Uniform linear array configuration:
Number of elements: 4
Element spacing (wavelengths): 1
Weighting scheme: uniform
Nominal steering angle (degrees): -30
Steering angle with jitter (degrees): -28.956
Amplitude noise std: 0.05
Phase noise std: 0.05

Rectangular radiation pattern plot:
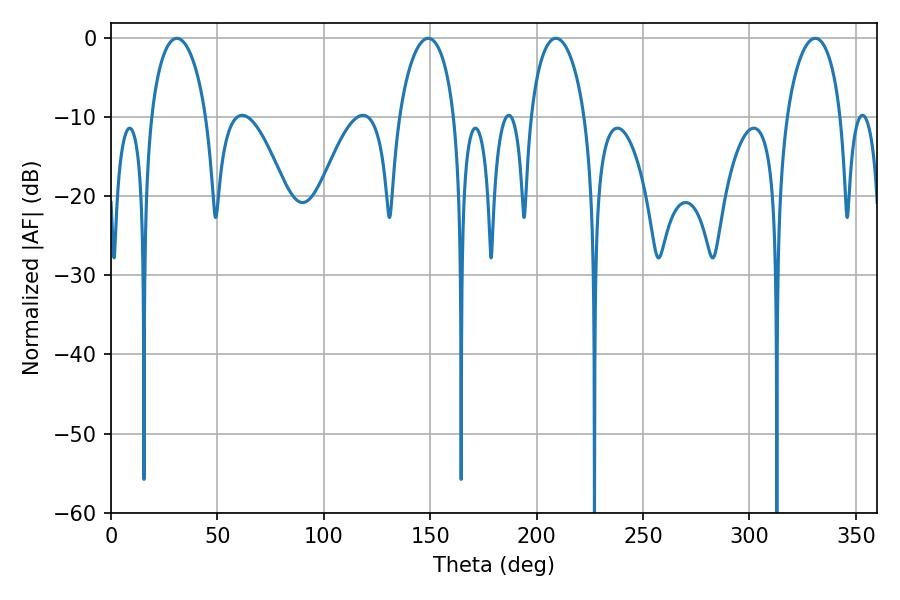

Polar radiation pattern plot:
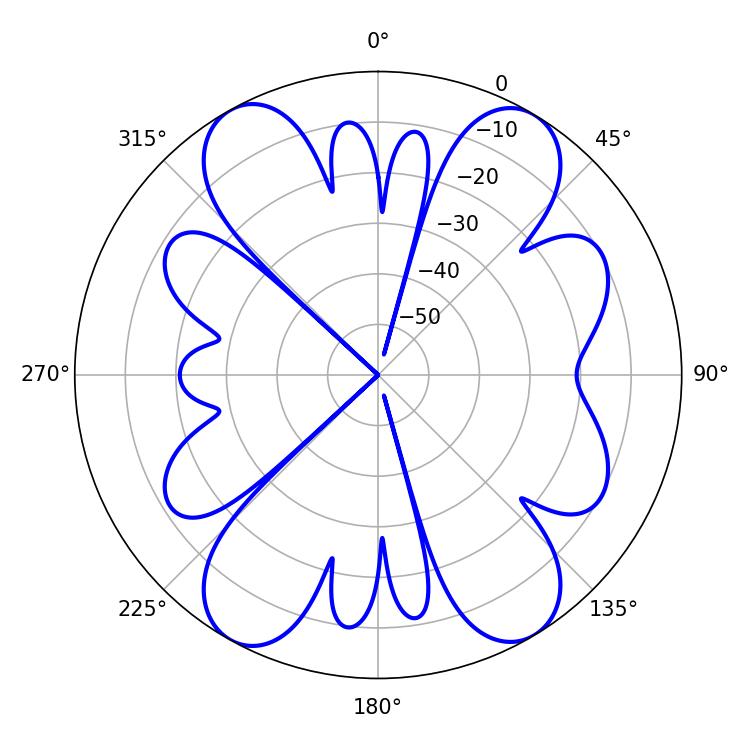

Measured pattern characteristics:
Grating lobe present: TRUE
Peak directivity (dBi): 16.037
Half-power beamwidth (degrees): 14.94
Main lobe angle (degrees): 30.96